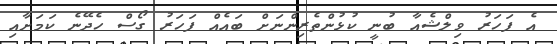
އެ ފަހަރު ވިލްޝެއާ ބުނީ ކުޅުންތެރިންނަށް ބައެއް ފަހަރު ގޯސް ހެދޭނެ ކަމަށާއި